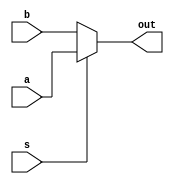
module  mux #(parameter width=32) (out,a,b,s);
output [width-1: 0] out;
input s;
input [width-1:0] a,b;

assign out = s ? a : b;

endmodule

module  mux0 #(parameter width=32) (out,a,b,c,s);
output reg [width-1: 0] out;
input [1:0] s;//s
input [width-1:0] c, b, a;

    always @(*) 
	begin
        case (s)
            0: out = c;
            1: out = b;
            2: out = a;
        endcase
    end

endmodule